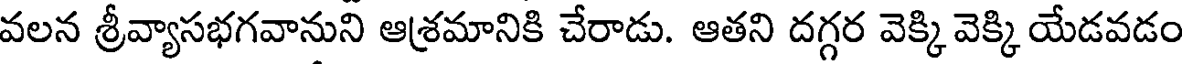
వలన శ్రీవ్యాసభగవానుని ఆశ్రమానికి చేరాడు. ఆతని దగ్గర వెక్కి వెక్కి యేడవడం